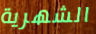
الشهرية